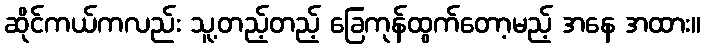
ဆိုင်ကယ်ကလည်း သူ့တည့်တည့် ခြေကုန်ထွက်တော့မည့် အနေ အထား။